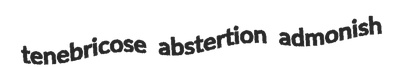
tenebricose abstertion admonish